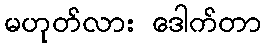
မဟုတ်လား ဒေါက်တာ